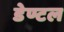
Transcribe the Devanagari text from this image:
डेण्टल